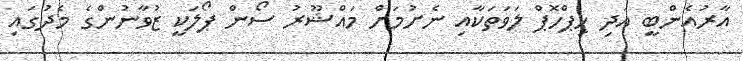
އާރުއެންބީ އަދި ހިޕްހޮޕް ލަވަތަކާއި ނެށުމަށް މައްޝޫރު ސޯން ޕޯލަކީ ޒުވާނުންގެ މެދުގައި